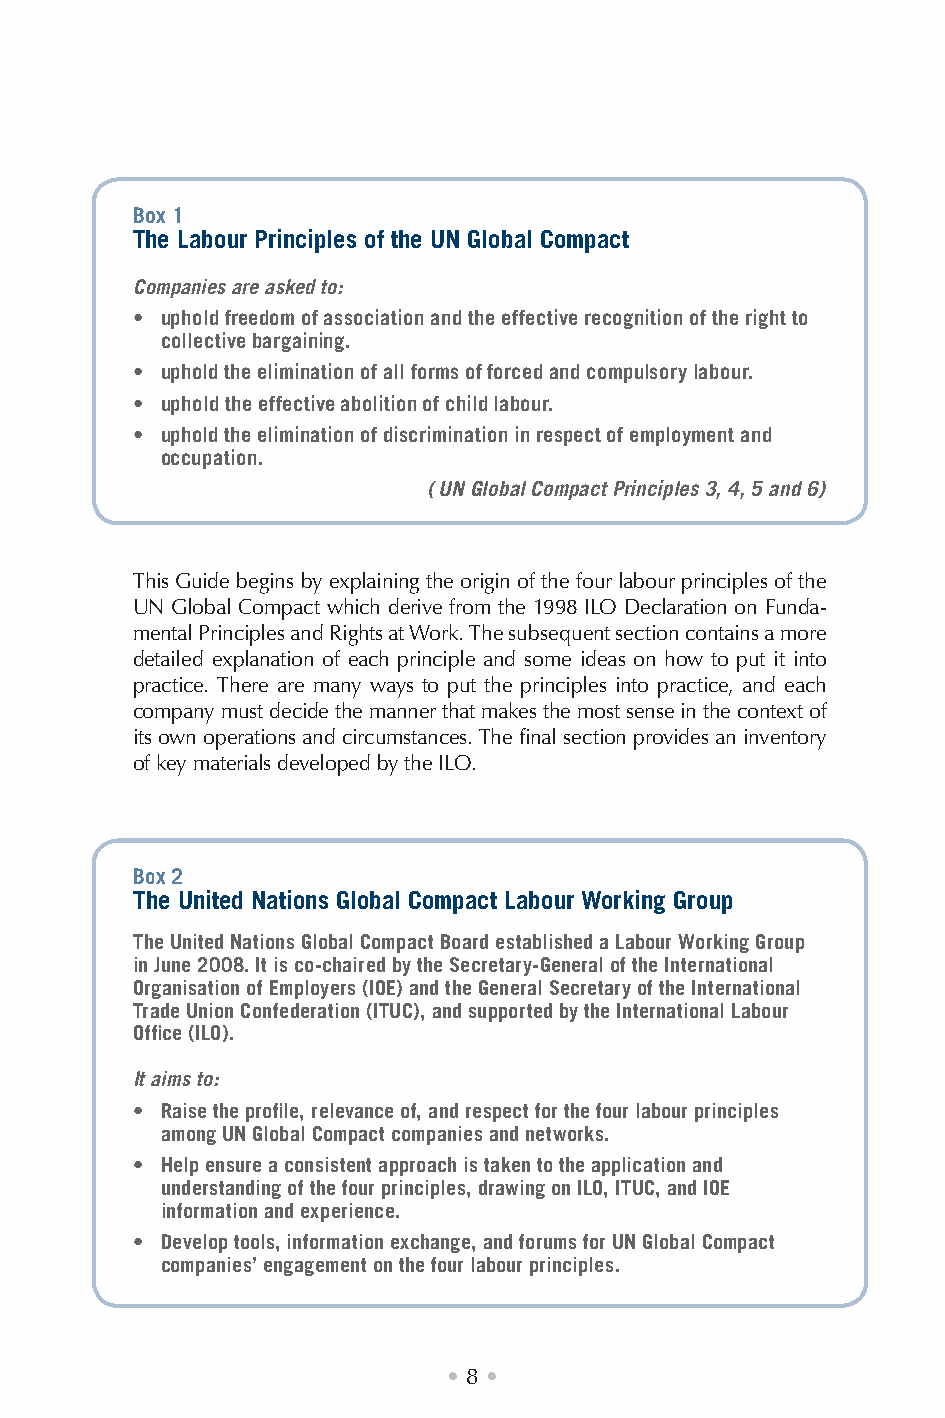
Box 1
 The Labour Principles of the UN Global Compact
 Companies are asked to:
 • uphold freedom of association and the effective recognition of the right to
 collective bargaining.
 • uphold the elimination of all forms of forced and compulsory labour.
 • uphold the effective abolition of child labour.
 • uphold the elimination of discrimination in respect of employment and
 occupation.
 ( UN Global Compact Principles 3, 4, 5 and 6)
 This Guide begins by explaining the origin of the four labour principles of the
 UN Global Compact which derive from the 1998 ILO Declaration on Funda-
 mental Principles and Rights at Work. The subsequent section contains a more
 detailed explanation of each principle and some ideas on how to put it into
 practice. There are many ways to put the principles into practice, and each
 company must decide the manner that makes the most sense in the context of
 its own operations and circumstances. The final section provides an inventory
 of key materials developed by the ILO.
 Box 2
 The United Nations Global Compact Labour Working Group
 The United Nations Global Compact Board established a Labour Working Group
 in June 2008. It is co-chaired by the Secretary-General of the International
 Organisation of Employers (IOE) and the General Secretary of the International
 Trade Union Confederation (ITUC), and supported by the International Labour
 Office (ILO).
 It aims to:
 • Raise the profile, relevance of, and respect for the four labour principles
 among UN Global Compact companies and networks.
 • Help ensure a consistent approach is taken to the application and
 understanding of the four principles, drawing on ILO, ITUC, and IOE
 information and experience.
 • Develop tools, information exchange, and forums for UN Global Compact
 companies’ engagement on the four labour principles.
 • 8 •